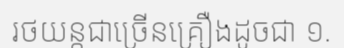
រថយន្តជាច្រើនគ្រឿងដូចជា ១.